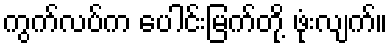
ကွက်လပ်က ပေါင်းမြက်တို့ ဖုံးလျက်။